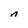
Character: n